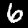
Label: 6